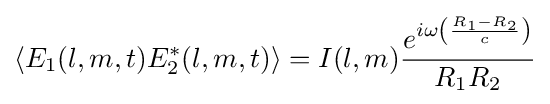
\langle E_{1}(l,m,t)E_{2}^{*}(l,m,t)\rangle =I(l,m){\frac {e^{i\omega \left({\frac {R_{1}-R_{2}}{c}}\right)}}{R_{1}R_{2}}}